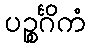
ပဉ္စင်္ဂိကံ